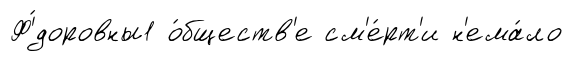
Ф'́доровны1 о́бществ'е см'е́рт'и н'ема́ло